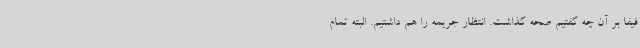
فیفا بر آن چه گفتیم صحه گذاشت. انتظار جریمه را هم داشتیم. البته تمام